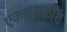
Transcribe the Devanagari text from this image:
एकाक्षरकोश